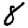
Digit: 8